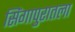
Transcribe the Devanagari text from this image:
सिंगापुरातला